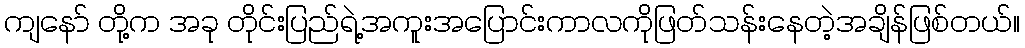
ကျနော် တို့က အခု တိုင်းပြည်ရဲ့အကူးအပြောင်းကာလကိုဖြတ်သန်းနေတဲ့အချိန်ဖြစ်တယ်။